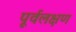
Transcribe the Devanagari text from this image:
पूर्वलक्षण